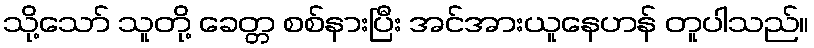
သို့သော် သူတို့ ခေတ္တ စစ်နားပြီး အင်အားယူနေဟန် တူပါသည်။